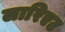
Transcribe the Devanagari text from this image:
लारिएट